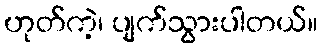
ဟုတ်ကဲ့၊ ပျက်သွားပါတယ်။